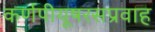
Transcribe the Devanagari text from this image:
कर्णपीयूषरसप्रवाह